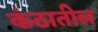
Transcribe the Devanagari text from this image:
कंठातील